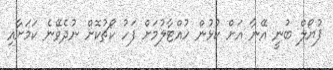
ޕުޔޯލް ބުނީ އޭނާ އަށް ކުޅުން ހުއްޓާލުމަށް ފަހު ކޯޗުކޮށް ނުދެވޭނެ ކަމަށާއި